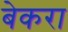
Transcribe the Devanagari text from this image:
बेकरा